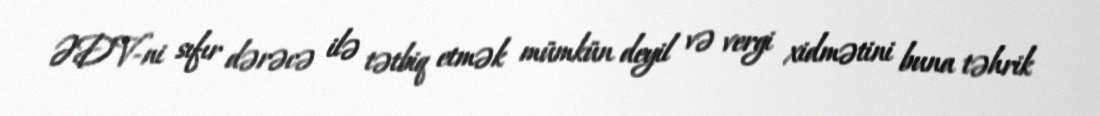
ƏDV-ni sıfır dərəcə ilə tətbiq etmək mümkün deyil və vergi xidmətini buna təhrik